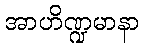
အာဟိဏ္ဍမာနာ